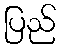
ပြည်